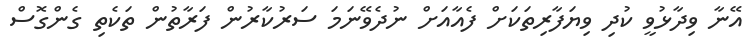
އޭނާ ވިދާޅުވީ ކުދި ވިޔަފާރިތަކަށް ފެއާއަށް ނުދެވޭނަމަ ސަރުކާރުން ފަރާތުން ތަކެތި ގެންގޮސް